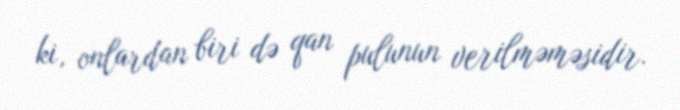
ki, onlardan biri də qan pulunun verilməməsidir.